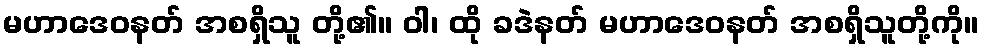
မဟာဒေဝနတ် အစရှိသူ တို့၏။ ဝါ၊ ထို ခဒဲနတ် မဟာဒေဝနတ် အစရှိသူတို့ကို။